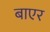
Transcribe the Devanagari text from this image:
बाएर